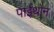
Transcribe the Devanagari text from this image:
पाईथोन